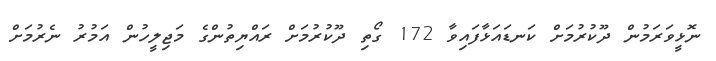
ނޮޅީވަރަމުން ދޫކުރުމަށް ކަނޑައަޅާފައިވާ 172 ގޯތި ދޫކުރުމަށް ރައްޔިތުންގެ މަޖިލީހުން އަމުރު ނެރުމަށް